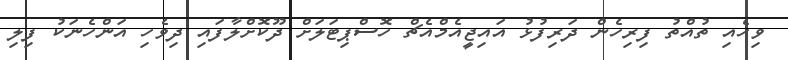
ވިހެއި ތުއްތު ފިރިހެން ދަރިފުޅު އައިޖީއެމްއެޗް ހޮސްޕިޓަލަށް ދޫކޮށްލާފައި ދިވެހި އަންހެނަކު ފިލި